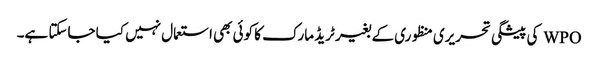
WPO کی پیشگی تحریری منظوری کے بغیر ٹریڈ مارک کا کوئی بھی استعمال نہیں کیا جاسکتا ہے۔